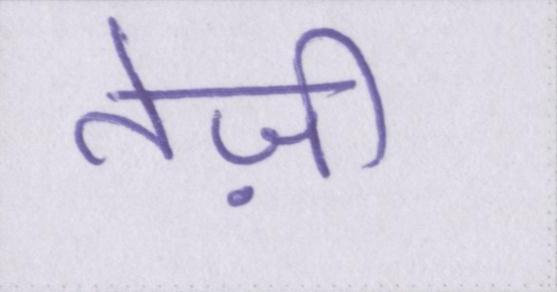
तेज़ी